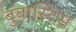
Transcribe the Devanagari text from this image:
बुबास्टिस